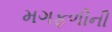
મગફળીની